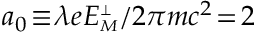
a _ { 0 } \! \equiv \! \lambda e E _ { \scriptscriptstyle M } ^ { \scriptscriptstyle \perp } / 2 \pi m c ^ { 2 } \! = \! 2